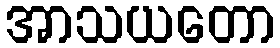
အာသယတော